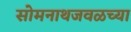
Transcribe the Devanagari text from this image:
सोमनाथजवळच्या